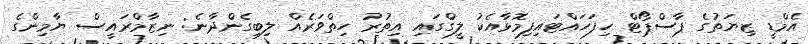
އެމްޑީ ޒިޔަތުގެ ޕާސްޕޯޓް ހިފަހައްޓައިފިމޮޅާއެކު ލީގްގައި އިތުރު ހިތްވަރެއް ލިބިގެންދާނެ: ނިޒާމްރައީސް ޔާމިންގެ